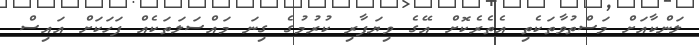
ލަންކާއަށް މަސްތުވާތަކެތި އެތެރެކޮށް އޭގެ ވިޔަފާރި ކުރުމުގެ ގިނަ މައްސަލަތަކެއް ފަހަކަށް އައިސް